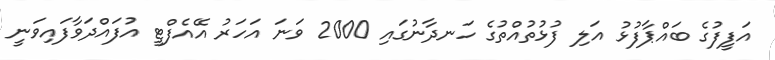
އަފީފުގެ ބައްޕާފުޅު އަލި ފުޅުތުއްތުގެ ހަނދާނުގައި 2000 ވަނަ އަހަރު އޭއެފްޓީ އުފައްދަވާފައިވަނީ